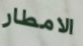
الامطار